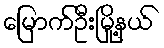
မြောက်ဦးမြို့နယ်